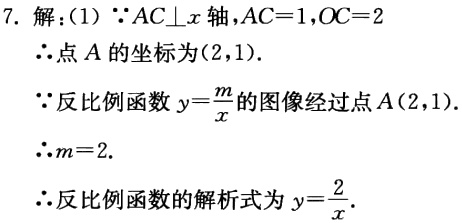
7. 解：(1) \(\because AC\perp x\)轴，\(AC = 1\)，\(OC = 2\)
\(\therefore\)点\(A\)的坐标为\((2,1)\).
\(\because\)反比例函数\(y = \frac{m}{x}\)的图像经过点\(A(2,1)\).
\(\therefore m = 2\).
\(\therefore\)反比例函数的解析式为\(y=\frac{2}{x}\).